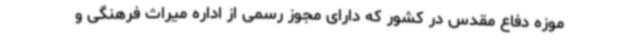
موزه دفاع مقدس در کشور که دارای مجوز رسمی از اداره میراث فرهنگی و